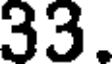
33.